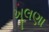
ખૂલણા